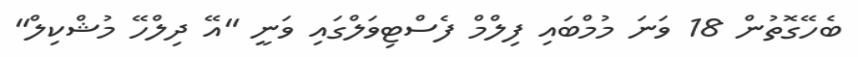
ބެހޭގޮތުން 18 ވަނަ މުމްބައި ފިލްމް ފެސްޓިވަލްގައި ވަނީ "އޭ ދިލްހޭ މުޝްކިލް"